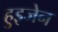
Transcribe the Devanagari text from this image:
हुइजेन